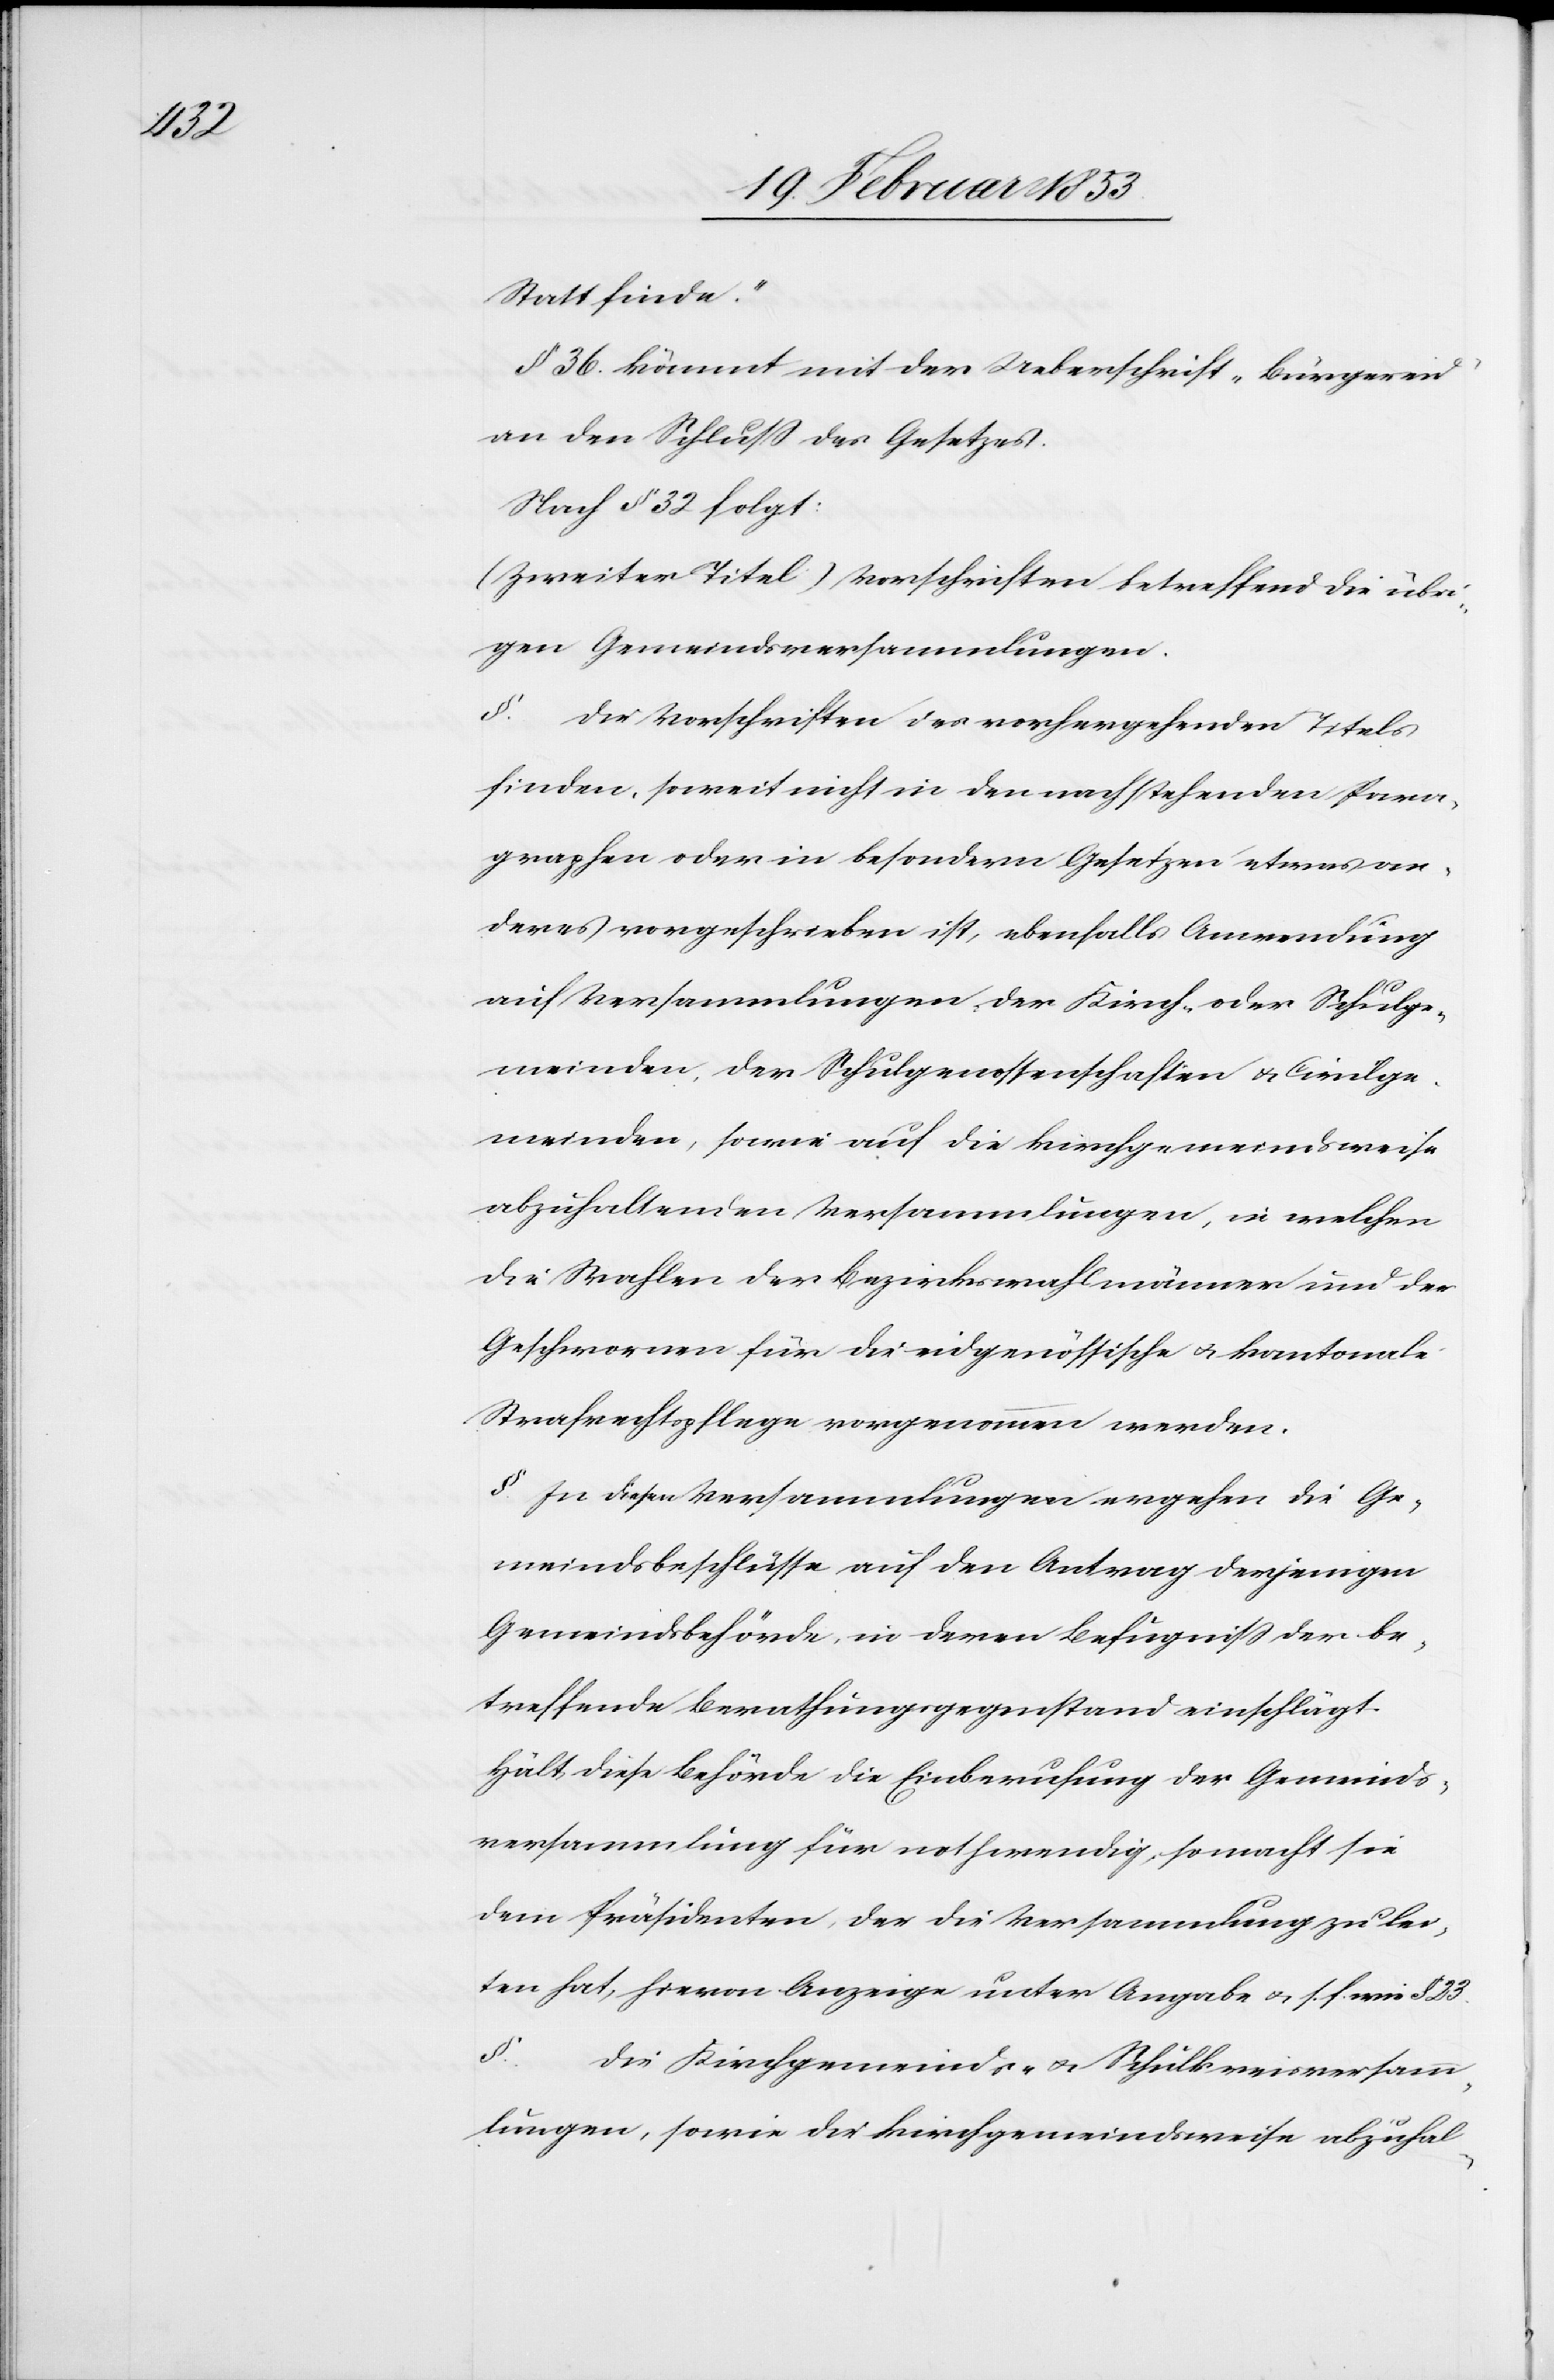
Statt finde.“
§ 36. kömmt mit der Ueberschrift „Bürgereid“
an den Schluß des Gesetzes.
Nach § 32 folgt:
(Zweiter Titel) Vorschriften betreffend die übri¬
gen Gemeindsversammlungen.
§. Die Vorschriften des vorhergehenden Titels
finden, soweit nicht in den nachstehenden Para¬
graphen oder in besondern Gesetzen etwas an¬
deres vorgeschrieben ist, ebenfalls Anwendung
auf Versammlungen der Kirch- oder Schulge¬
meinden der Schulgenossenschaften u. Civilge¬
meinden, sowie auf die kirchgemeindweise
abzuhaltenden Versammlungen, in welchen
die Wahlen der Bezirkswahlmänner und der
Geschworenen für die eidgenössische u. kantonale
Strafrechtspflege vorgenommen werden.
§ In diesen Versammlungen ergehen die Ge¬
meindsbeschlüsse auf den Antrag derjenigen
Gemeindsbehörde, in deren Befugniß der be¬
treffende Berathungsgegenstand einschlägt.
Hält diese Behörde die Einberufung der Gemeinds¬
versammlung für nothwendig, so macht sie
dem Präsidenten, der die Versammlung zu lei¬
ten hat, hievon Anzeige unter Angabe u. s. f. wie § 23.
§.
Die Kirchgemeinds- u. Schulkreisversamm¬
lungen, sowie die kirchgemeindweise abzuhal-